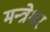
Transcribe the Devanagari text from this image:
मन्त्रेश्वर